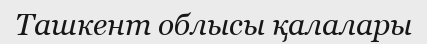
Ташкент облысы қалалары